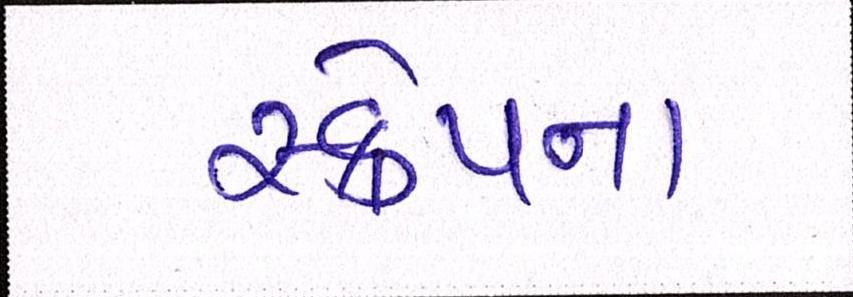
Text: સ્ક્રેપ્ના